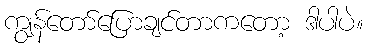
ကျွန်တော်ပြောချင်တာကတော့ ဒါပါပဲ။